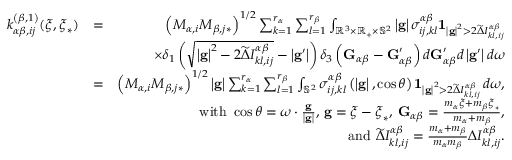
\begin{array} { r l r } { k _ { \alpha \beta , i j } ^ { \left( \beta , 1 \right) } ( \boldsymbol { \xi } , \boldsymbol { \xi } _ { \ast } ) } & { = } & { \left( M _ { \alpha , i } M _ { \beta , j \ast } \right) ^ { 1 / 2 } \sum _ { k = 1 } ^ { r _ { \alpha } } \sum _ { l = 1 } ^ { r _ { \beta } } \int _ { \mathbb { R } ^ { 3 } \times \mathbb { R } _ { + } \times \mathbb { S } ^ { 2 } } \left\vert \mathbf { g } \right\vert \sigma _ { i j , k l } ^ { \alpha \beta } \mathbf { 1 } _ { \left\vert \mathbf { g } \right\vert ^ { 2 } > 2 \widetilde { \Delta } I _ { k l , i j } ^ { \alpha \beta } } } \\ & { } & { \times \delta _ { 1 } \left( \sqrt { \left\vert \mathbf { g } \right\vert ^ { 2 } - 2 \widetilde { \Delta } I _ { k l , i j } ^ { \alpha \beta } } - \left\vert \mathbf { g } ^ { \prime } \right\vert \right) \delta _ { 3 } \left( \mathbf { G } _ { \alpha \beta } - \mathbf { G } _ { \alpha \beta } ^ { \prime } \right) d \mathbf { G } _ { \alpha \beta } ^ { \prime } d \left\vert \mathbf { g } ^ { \prime } \right\vert d \boldsymbol { \omega } } \\ & { = } & { \left( M _ { \alpha , i } M _ { \beta , j \ast } \right) ^ { 1 / 2 } \left\vert \mathbf { g } \right\vert \sum _ { k = 1 } ^ { r _ { \alpha } } \sum _ { l = 1 } ^ { r _ { \beta } } \int _ { \mathbb { S } ^ { 2 } } \sigma _ { i j , k l } ^ { \alpha \beta } \left( \left\vert \mathbf { g } \right\vert , \cos \theta \right) \mathbf { 1 } _ { \left\vert \mathbf { g } \right\vert ^ { 2 } > 2 \widetilde { \Delta } I _ { k l , i j } ^ { \alpha \beta } } \, d \boldsymbol { \omega } \mathrm { , } } \\ & { } & { \mathrm { ~ w i t h ~ } \cos \theta = \boldsymbol { \omega } \cdot \frac { \mathbf { g } } { \left\vert \mathbf { g } \right\vert } \mathrm { , ~ } \mathbf { g } = \boldsymbol { \xi } - \boldsymbol { \xi } _ { \ast } \mathrm { , ~ } \mathbf { G } _ { \alpha \beta } = \frac { m _ { \alpha } \boldsymbol { \xi } + m _ { \beta } \boldsymbol { \xi } _ { \ast } } { m _ { \alpha } + m _ { \beta } } \mathrm { , } } \\ { \mathrm { ~ } } & { } & { \mathrm { a n d ~ } \widetilde { \Delta } I _ { k l , i j } ^ { \alpha \beta } = \frac { m _ { \alpha } + m _ { \beta } } { m _ { \alpha } m _ { \beta } } \Delta I _ { k l , i j } ^ { \alpha \beta } \mathrm { . } } \end{array}